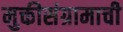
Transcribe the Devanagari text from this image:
मुक्तीसंग्रामाची